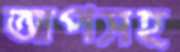
আপসহ